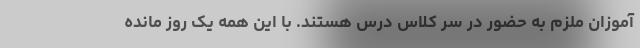
آموزان ملزم به حضور در سر کلاس درس هستند. با این همه یک روز مانده